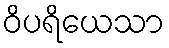
ဝိပရိယေသာ